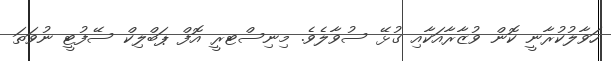
ހަވާލުކުރާނީ ކޮން ވުޒާރާއަކާއި ގުޅޭ ސުވާލެވެ. މިނިސްޓރީ އޮފް ޕަބްލިކް ސޭފުޓީ ނުވަތަ